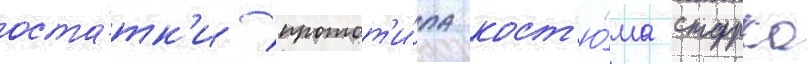
оста́тк'и протот'и́па кост'ю́ма старка